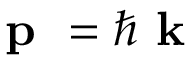
\textbf { p } = \hbar \textbf { k }